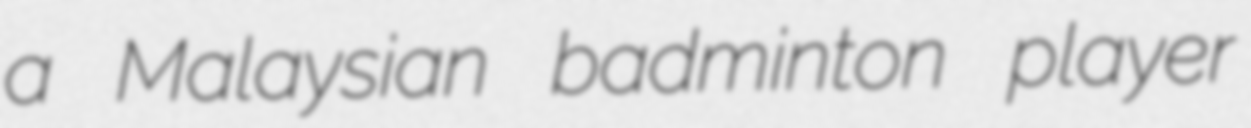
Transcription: a Malaysian badminton player